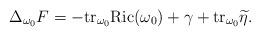
LaTeX: \begin{align*}\Delta_{\omega_0}F=-{\rm tr}_{\omega_0}{\rm Ric}(\omega_0)+\gamma+{\rm tr}_{\omega_0}\widetilde{\eta}.\end{align*}